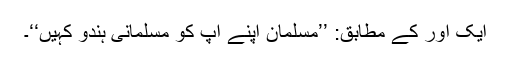
ایک اور کے مطابق: ’’مسلمان اپنے آپ کو مسلمانی ہندو کہیں‘‘۔